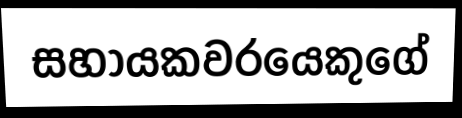
සහායකවරයෙකුගේ